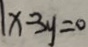
x - 3 y = 0